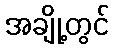
အချို့တွင်